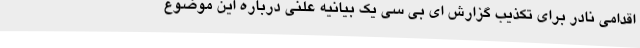
اقدامی نادر برای تکذیب گزارش ای بی سی یک بیانیه علنی درباره این موضوع